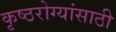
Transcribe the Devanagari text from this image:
कृष्ठरोग्यांसाठी